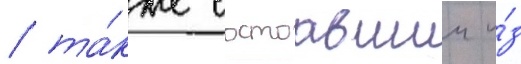
/ та́кже состоавшии и́з